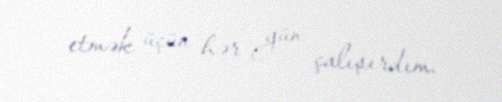
etmək üçün hər gün çalışırdım.